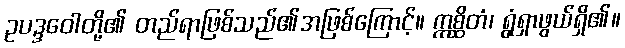
ဥပဒ္ဒဝေါတို့၏ တည်ရာဖြစ်သည်၏အဖြစ်ကြောင့်။ ဣစ္ဆိတံ၊ ရွံရှာဖွယ်ရှိ၏။